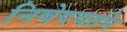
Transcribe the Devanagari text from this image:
निवेदयामि